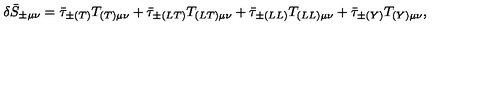
\delta \bar { S } _ { \pm \mu \nu } = \bar { \tau } _ { \pm ( T ) } T _ { ( T ) \mu \nu } + \bar { \tau } _ { \pm ( L T ) } T _ { ( L T ) \mu \nu } + \bar { \tau } _ { \pm ( L L ) } T _ { ( L L ) \mu \nu } + \bar { \tau } _ { \pm ( Y ) } T _ { ( Y ) \mu \nu } ,